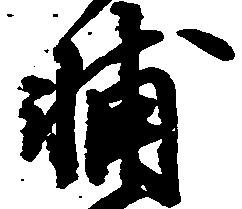
輔